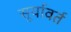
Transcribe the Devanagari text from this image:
सूर्यावर्त